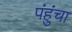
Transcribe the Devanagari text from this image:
पंहुंचा